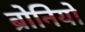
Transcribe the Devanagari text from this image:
ब्रोनियो